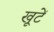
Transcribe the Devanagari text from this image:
खूटें